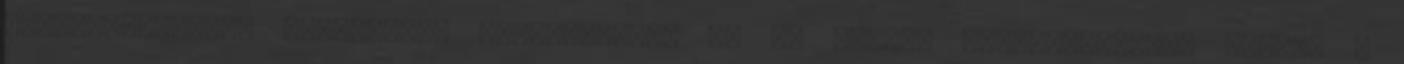
számlavezetőhöz utaltassák fizetésüket, de az állami munkáltatóknak megvan a